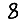
Digit: 8